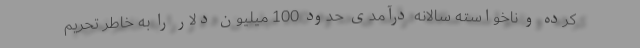
کرده و ناخواسته سالانه درآمدی حدود 100 میلیون دلار را به خاطر تحریم